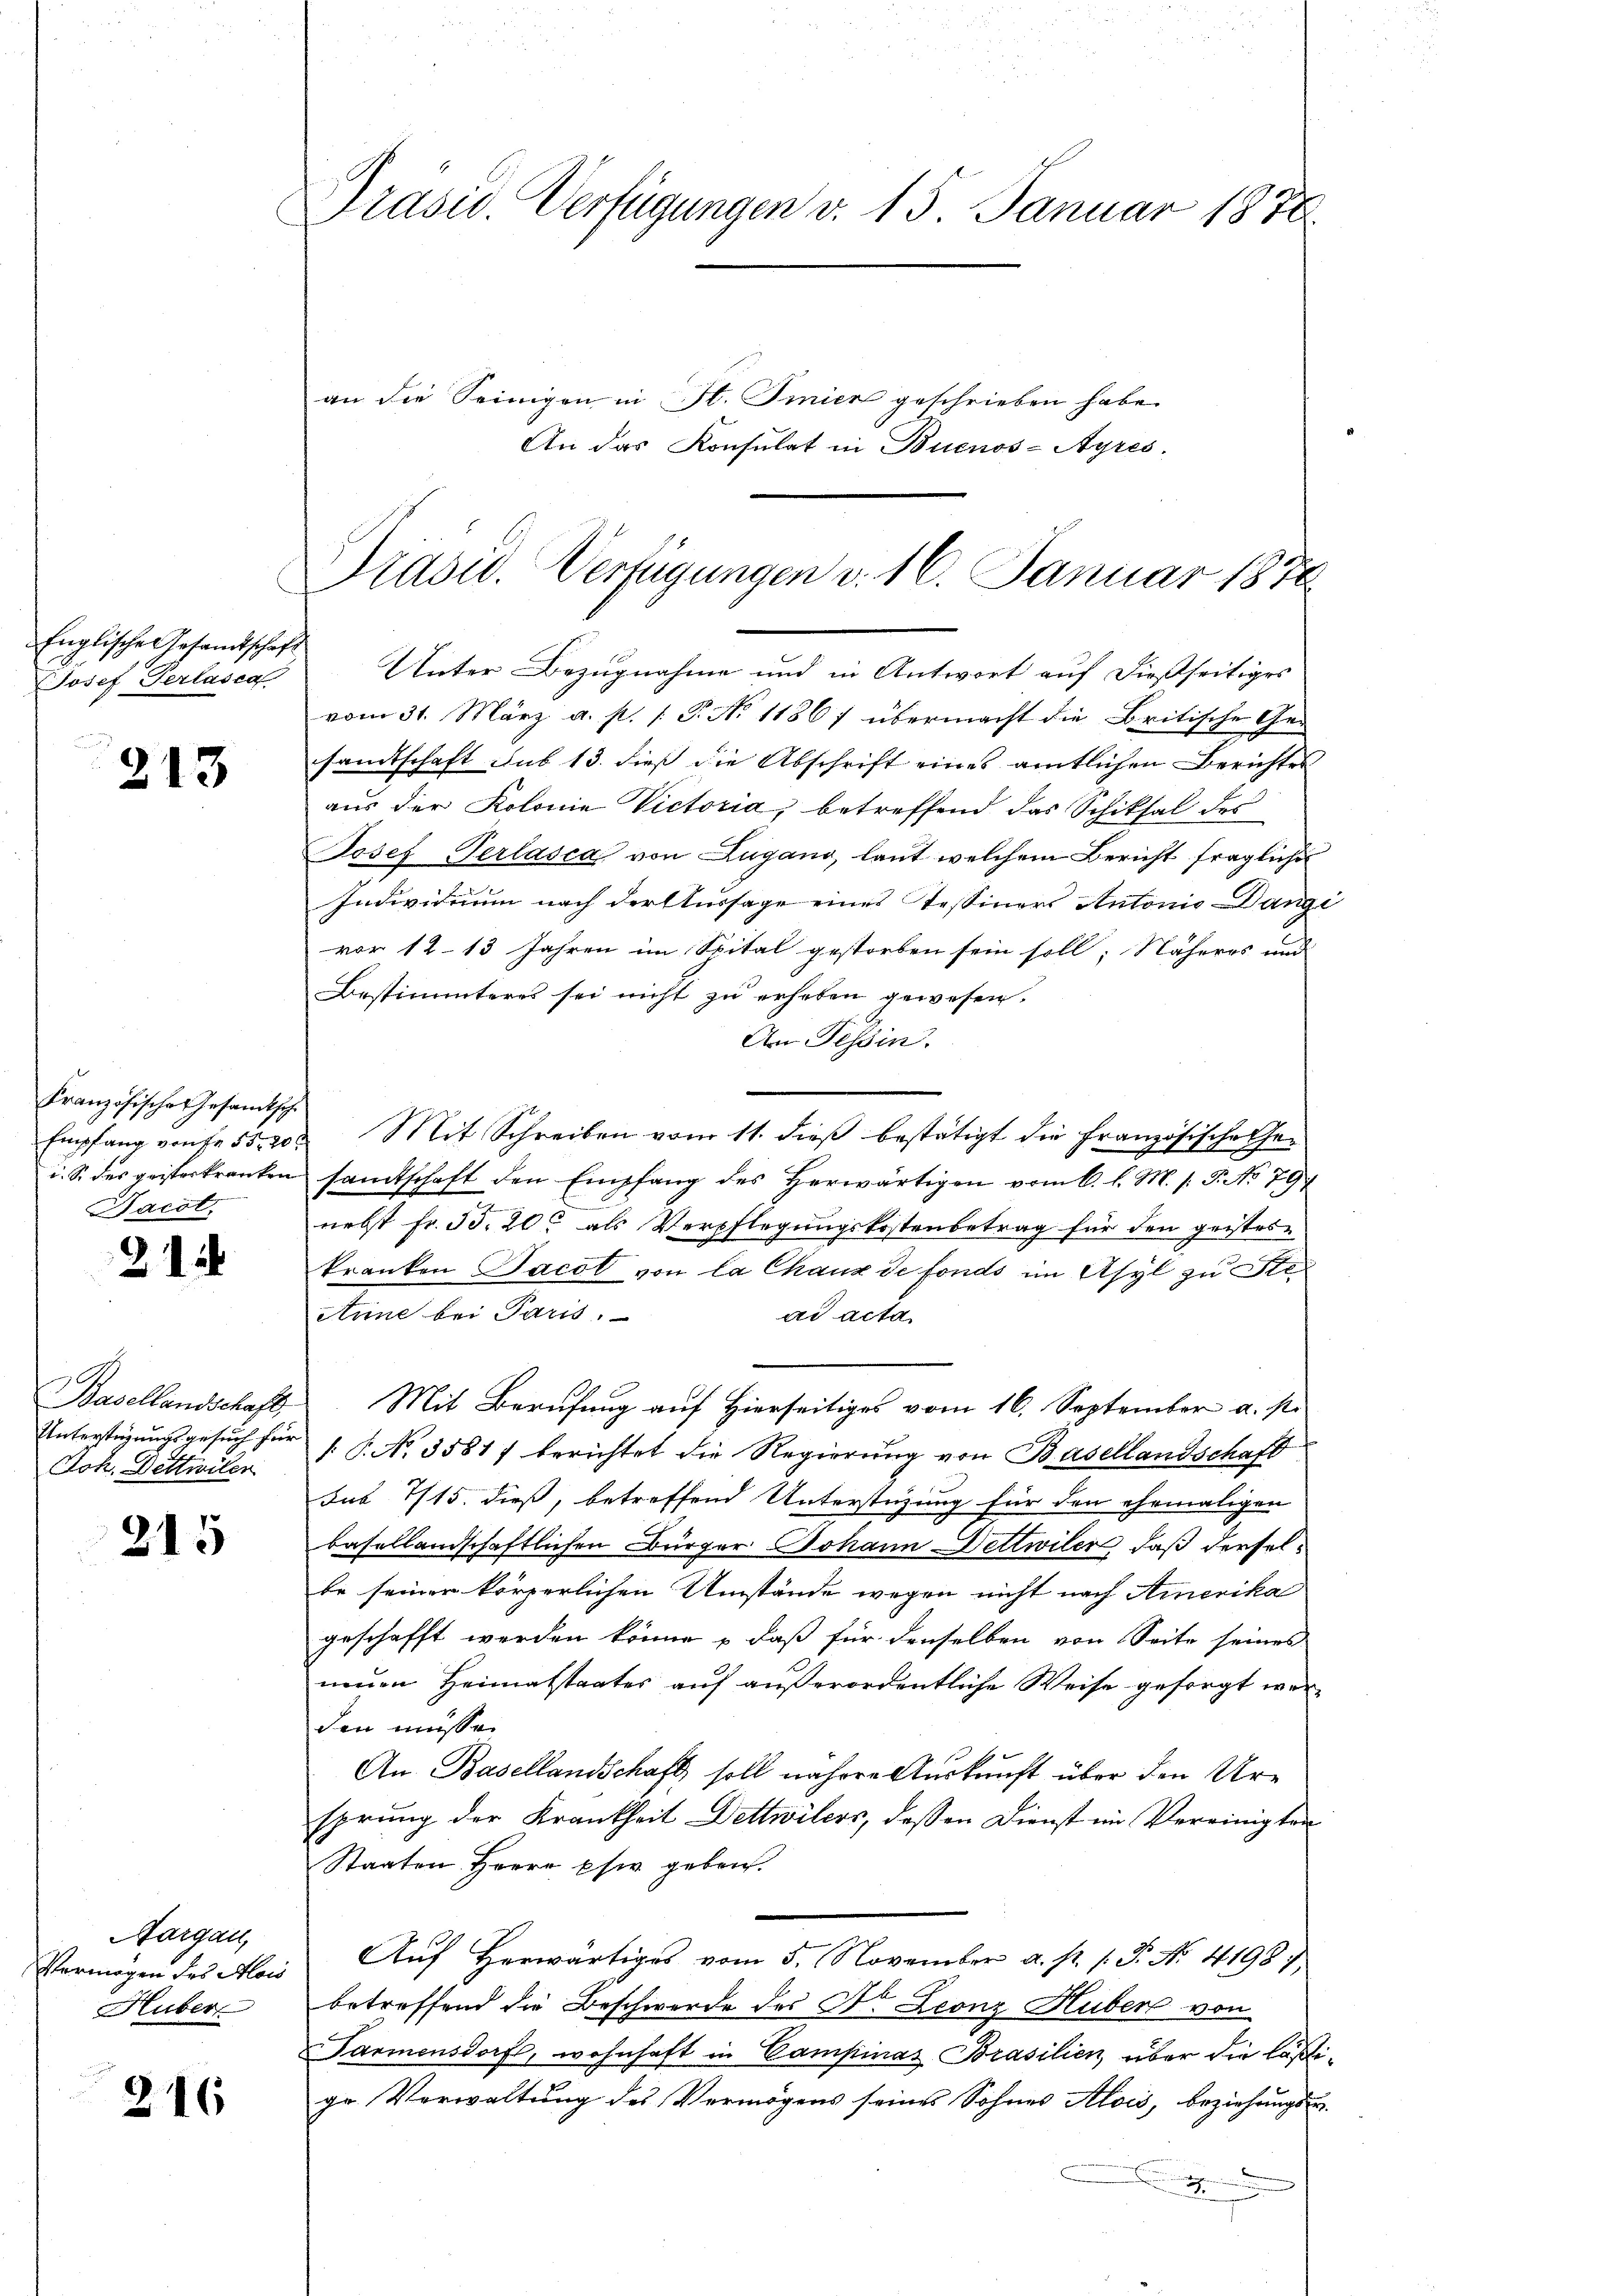
Englische Gesandtschaft
Josef Gerlasen

213

Französische Gesandtsch
Dacot.

212

Coh. Dettwiler

215

Margau,
Huber

216

Präsid. Verfügungen v. 15. Januar 1878.

an die Seinigen in St. Pinier geschrieben habe.
An das Konsulat in Buenos-Ayres.

Präsid. Verfügungen v. 16. Januar 1878
.

Unter Bezugnahme und in Antwort auf dießseitiges
vom 31. März a. p. 1. P. No 1186) übermacht die Britische Gesandtschaft sub 13. dieß die Abschrift eines amtlichen Berichtes
aus der Kolonia Victoria, betreffend das Schiksal des
Josef Perlasca von Zugano, laut welchem Bericht fragliche
Individuum nach der Aussage eines Tessiners Antonio angi
vor 12 13 Jahren im Spital gestorben sein soll; Näheres und
Bestimmteres sei nicht zu erheben gewesen.
An Tessin.
Empfang von fr. 55. 20. Mit Schreiben vom 11. dieβ bestätigt die Französische Ge-
i. S. des geisterkranken samtschaft den Empfang des herwärtigen vom 6. l. M. (T. No 79
nebst fr. 53. 20. als Verpflegungskostenbetrag für den geistes-
kranken Jacob von la Chaux de fonds im Asyl zu Ste¬
Anne bei Paris.
ad acta
Basellandschaft Mit Berufung auf Hierseitiges vom 16. September a. p.
Unterstüzungsgesuch für 1. P. No. 35817 berichtet die Regierung von Basellandschaft
Jub 715. dieß, betreffend Unterstüzung für den ehemaligen
basellandschaftlichen Bürger Johann Dettwiler, daß derselbe seiner körperlichen Umstände wegen nicht nach Amerika
geschafft werden könne – daß für denselben von Seite seines
neuen Heimatstaates auf außerordentliche Weise gesorgt worden müsse.
An Basellandschaft soll nähere Auskunft über den Ure
sprung der Krankheit Dettwilers, dessen Dienst im Vereinigten
Staaten Herrn Ehe geben.
Vermögen des Mors Auf Herwärtiges vom 5. November a. p. 1. P. No. 4198)
betreffend die Beschwerde des Dr. Leonz Huber von
Parmensdorf, wohnhaft in Campinas Brasilien, über die läßige Verwaltung des Vermögens seines Sohnes Alois, beziehungs-
2